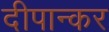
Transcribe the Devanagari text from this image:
दीपान्कर